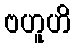
ဗဟူဟိ